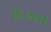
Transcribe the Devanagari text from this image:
विजयपत्रे